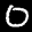
Label: 0